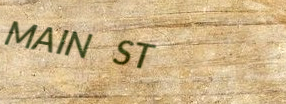
MAIN ST